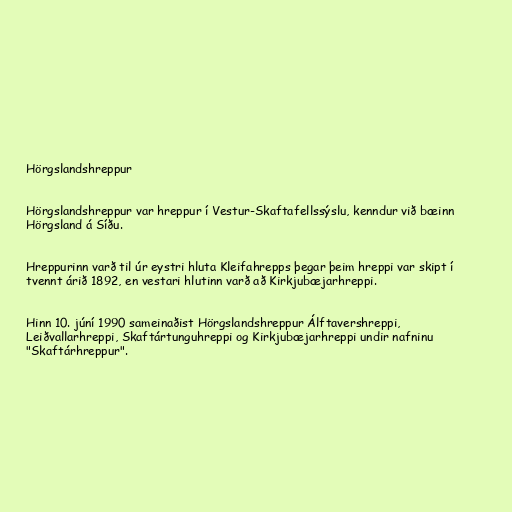
Hörgslandshreppur

Hörgslandshreppur var hreppur í Vestur-Skaftafellssýslu, kenndur við bæinn
Hörgsland á Síðu.

Hreppurinn varð til úr eystri hluta Kleifahrepps þegar þeim hreppi var skipt í
tvennt árið 1892, en vestari hlutinn varð að Kirkjubæjarhreppi.

Hinn 10. júní 1990 sameinaðist Hörgslandshreppur Álftavershreppi,
Leiðvallarhreppi, Skaftártunguhreppi og Kirkjubæjarhreppi undir nafninu
"Skaftárhreppur".